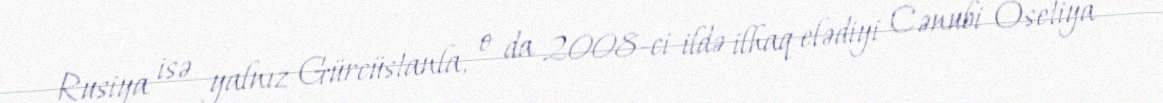
Rusiya isə yalnız Gürcüstanla, o da 2008-ci ildə ilhaq elədiyi Cənubi Osetiya